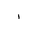
Letter: _alif